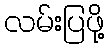
လမ်းပြဖို့